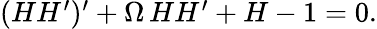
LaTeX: \begin{array}{r}{(HH^{\prime})^{\prime}+\Omega\, HH^{\prime}+H-1=0.}\end{array}